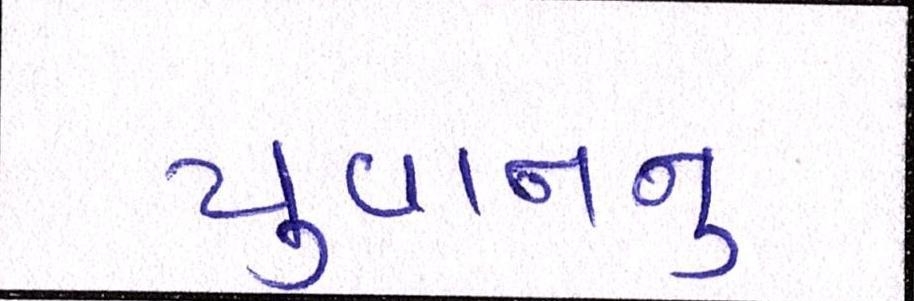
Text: યુવાનનુ